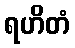
ရဟိတံ